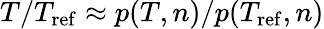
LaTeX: T/T_{\mathrm{ref}}\approx p(T,n)/p(T_{\mathrm{ref}},n)